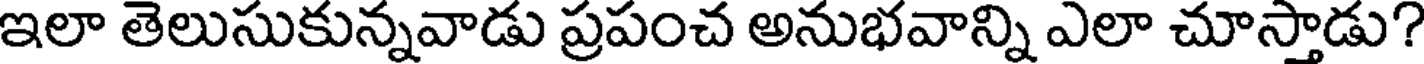
ఇలా తెలుసుకున్నవాడు ప్రపంచ అనుభవాన్ని ఎలా చూస్తాడు?